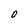
Character: 0